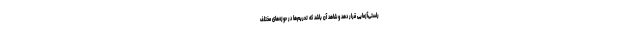
راستی‌آزمایی قرار دهد و شاهد آن باشد که تحریم‌ها در حوزه‌های مختلف